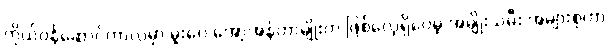
ကိုယ်ဝန်ဆောင်ကာလမှာ မူးဝေ အော့အန်တာမျိုးက ဖြစ်လေ့ရှိပေမဲ့ အမျိုးသမီး အများစုဟာ